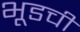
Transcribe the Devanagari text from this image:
भूडची